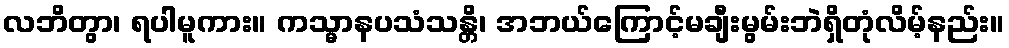
လဘိတွာ၊ ရပါမူကား။ ကသ္မာနပသံသန္တိ၊ အဘယ်ကြောင့်မချီးမွမ်းဘဲရှိတုံလိမ့်နည်း။